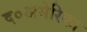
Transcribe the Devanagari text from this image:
द०अमेरिका